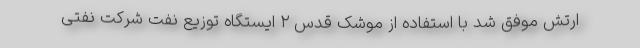
ارتش موفق شد با استفاده از موشک قدس ۲ ایستگاه توزیع نفت شرکت نفتی